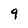
Character: 9